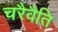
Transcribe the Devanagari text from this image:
चरैवैति